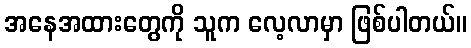
အနေအထားတွေကို သူက လေ့လာမှာ ဖြစ်ပါတယ်။